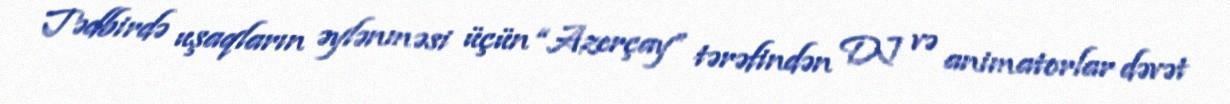
Tədbirdə uşaqların əylənməsi üçün “Azerçay” tərəfindən DJ və animatorlar dəvət